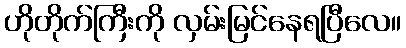
ဟိုတိုက်ကြီးကို လှမ်းမြင်နေရပြီလေ။